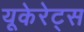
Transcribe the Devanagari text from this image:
यूकेरेट्स